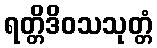
ရတ္တိဒိဝသသုတ္တံ